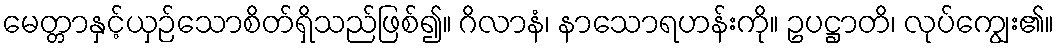
မေတ္တာနှင့်ယှဉ်သောစိတ်ရှိသည်ဖြစ်၍။ ဂိလာနံ၊ နာသောရဟန်းကို။ ဥပဋ္ဌာတိ၊ လုပ်ကျွေး၏။